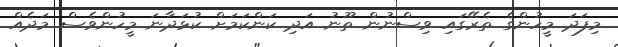
މިފަދަ މީހުންގެ ތެރޭގައި ވިސްނުން ތޫނު އަދި ކަންކަމަށް ކުޅަދާނަ މީހުންވެސް މަދެއް